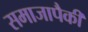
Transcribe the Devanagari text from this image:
समाजापैकी